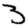
Digit: 3